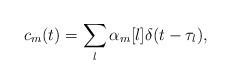
LaTeX: \begin{align*}c_m(t)=\sum_l\alpha_m[l]\delta(t-\tau_l),\end{align*}